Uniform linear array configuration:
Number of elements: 48
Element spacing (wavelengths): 1
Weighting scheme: hamming
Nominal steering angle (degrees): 30
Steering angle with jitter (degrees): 30.581
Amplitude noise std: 0.05
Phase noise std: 0.05

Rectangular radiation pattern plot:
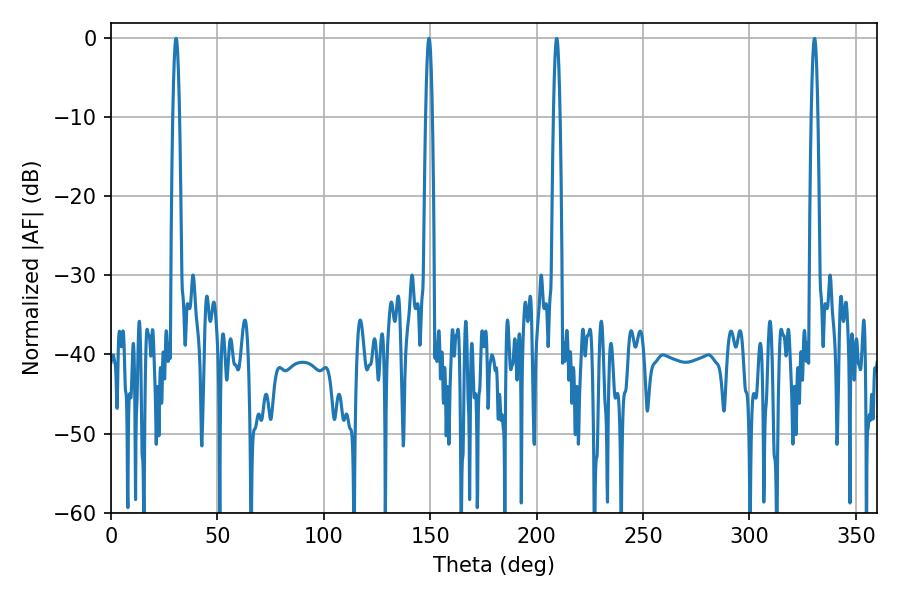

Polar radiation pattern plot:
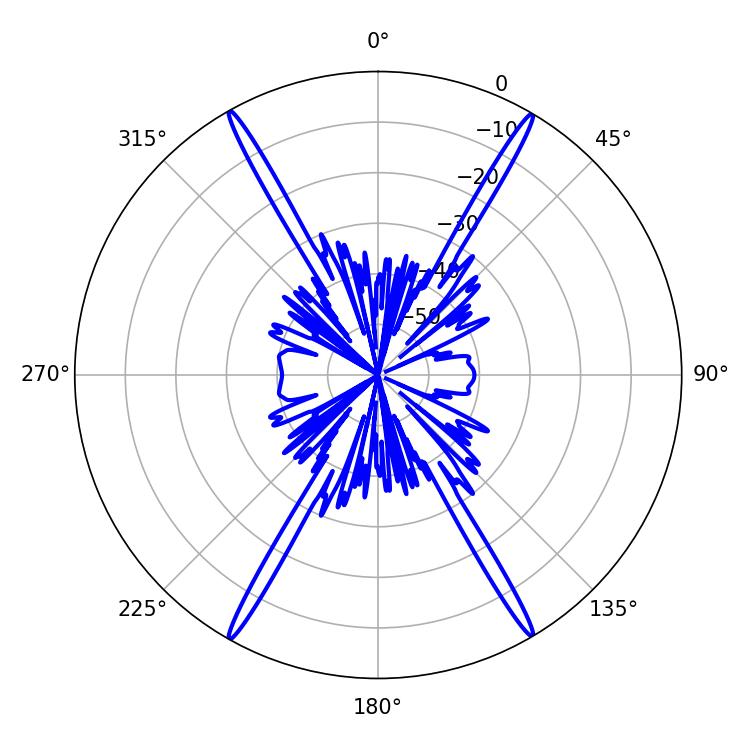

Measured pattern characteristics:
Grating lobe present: TRUE
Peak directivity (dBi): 30.98
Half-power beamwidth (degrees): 1.8
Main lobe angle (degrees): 149.4